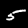
Label: 5